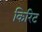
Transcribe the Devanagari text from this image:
किरिट